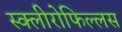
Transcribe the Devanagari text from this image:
स्क्लीरोफिल्लस